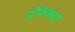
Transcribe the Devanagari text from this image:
प्रीफ़ॅक्चरों